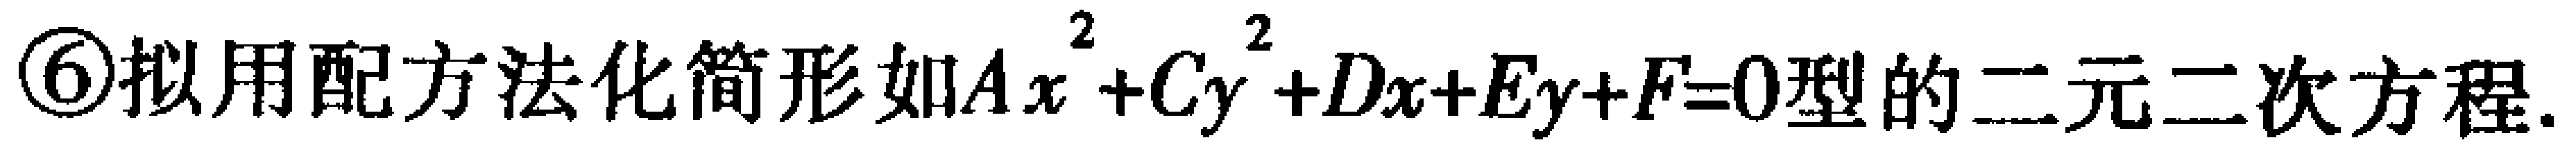
\textcircled{6}拟用配方法化简形如\(Ax^{2}+Cy^{2}+Dx + Ey+F = 0\)型的二元二次方程.